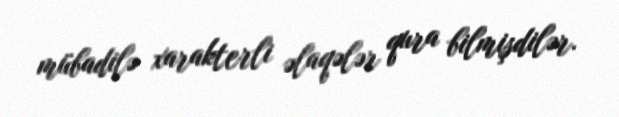
mübadilə xarakterli əlaqələr qura bilmişdilər.